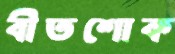
বীতশোক